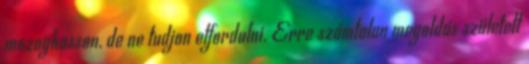
mozoghasson, de ne tudjon elfordulni. Erre számtalan megoldás született